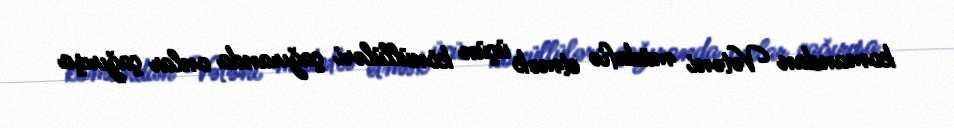
komandan Vətəni müdafiə etmək üçün könüllüləri çağıranda onlar çağırışa